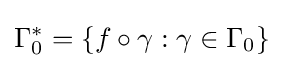
\Gamma _{0}^{*}=\{f\circ \gamma :\gamma \in \Gamma _{0}\}